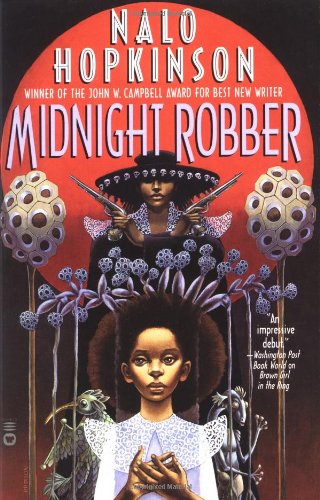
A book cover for Midnight Robber; Nalo Hopkinson; Science Fiction & Fantasy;